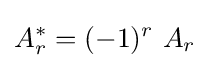
A_{r}^{\ast }=(-1)^{r}\ A_{r}